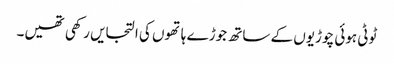
ٹوٹی ہوئی چوڑیوں کے ساتھ جوڑے ہاتھوں کی التجایں رکھی تھیں۔